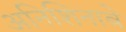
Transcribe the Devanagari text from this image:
अनिशिनाबे